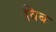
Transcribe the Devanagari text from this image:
विब